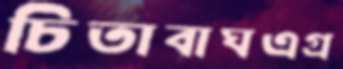
চিতাবাঘএগ্র